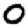
Digit: 0